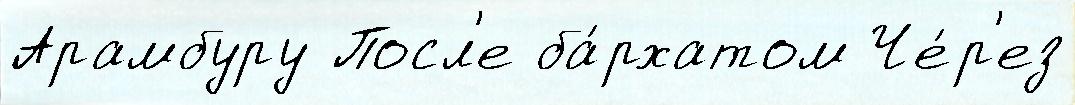
Арамбуру Посл'е ба́рхатом Че́р'ез